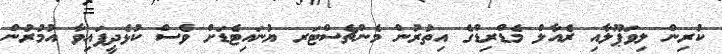
ކުރިން ލިވަޕޫލާއި ރެއާލް މެޑްރިޑްގެ އިތުރުން މެންޗެސްޓަރ ޔުނައިޓެޑަށް ވެސް ކުޅެދީފައިވާ އުމުރުން